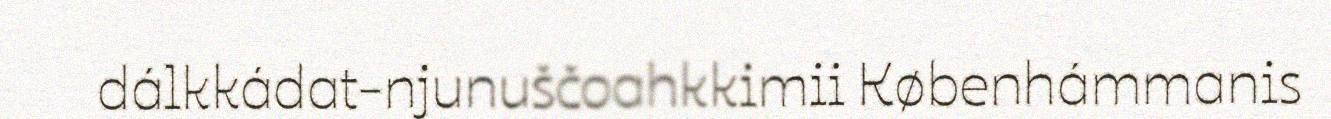
dálkkádat-njunuščoahkkimii Københámmanis